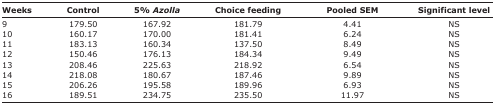
| Weeks | Control | 5% Azolla | Choice feeding | Pooled SEM | Significant level |
 | --- | --- | --- | --- | --- | --- |
 | 9 | 179.50 | 167.92 | 181.79 | 4.41 | NS |
 | 10 | 160.17 | 170.00 | 181.41 | 6.24 | NS |
 | 11 | 183.13 | 160.34 | 137.50 | 8.49 | NS |
 | 12 | 150.46 | 176.13 | 184.34 | 9.49 | NS |
 | 13 | 208.46 | 225.63 | 218.92 | 6.54 | NS |
 | 14 | 218.08 | 180.67 | 187.46 | 9.89 | NS |
 | 15 | 206.26 | 195.58 | 189.96 | 6.93 | NS |
 | 16 | 189.51 | 234.75 | 235.50 | 11.97 | NS |